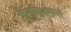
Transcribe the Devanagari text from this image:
विलकिनसन्स